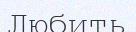
Любить